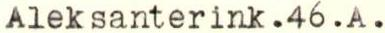
Aleksanterink.46.A.